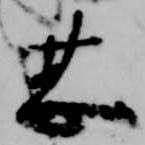
甚